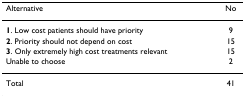
<table><thead><tr><td><b>Alternative</b></td><td><b>No</b></td></tr></thead><tbody><tr><td><b>1</b>. Low cost patients should have priority</td><td>9</td></tr><tr><td><b>2</b>. Priority should not depend on cost</td><td>15</td></tr><tr><td><b>3</b>. Only extremely high cost treatments relevant</td><td>15</td></tr><tr><td>Unable to choose</td><td>2</td></tr><tr><td>Total</td><td>41</td></tr></tbody></table>